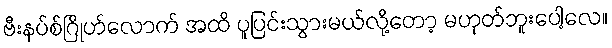
ဗီးနပ်စ်ဂြိုဟ်လောက် အထိ ပူပြင်းသွားမယ်လို့တော့ မဟုတ်ဘူးပေါ့လေ။